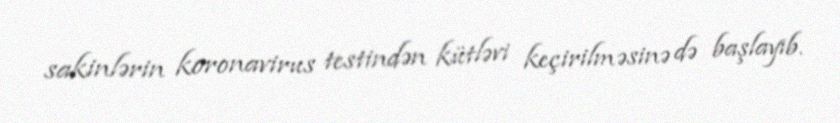
sakinlərin koronavirus testindən kütləvi keçirilməsinə də başlayıb.